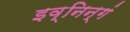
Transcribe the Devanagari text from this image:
इव्निन्गं